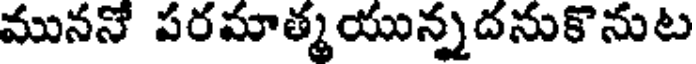
ముననో పరమాత్మయున్నదనుకొనుట